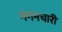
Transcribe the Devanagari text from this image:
गगनचारी